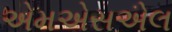
એમએસએલ